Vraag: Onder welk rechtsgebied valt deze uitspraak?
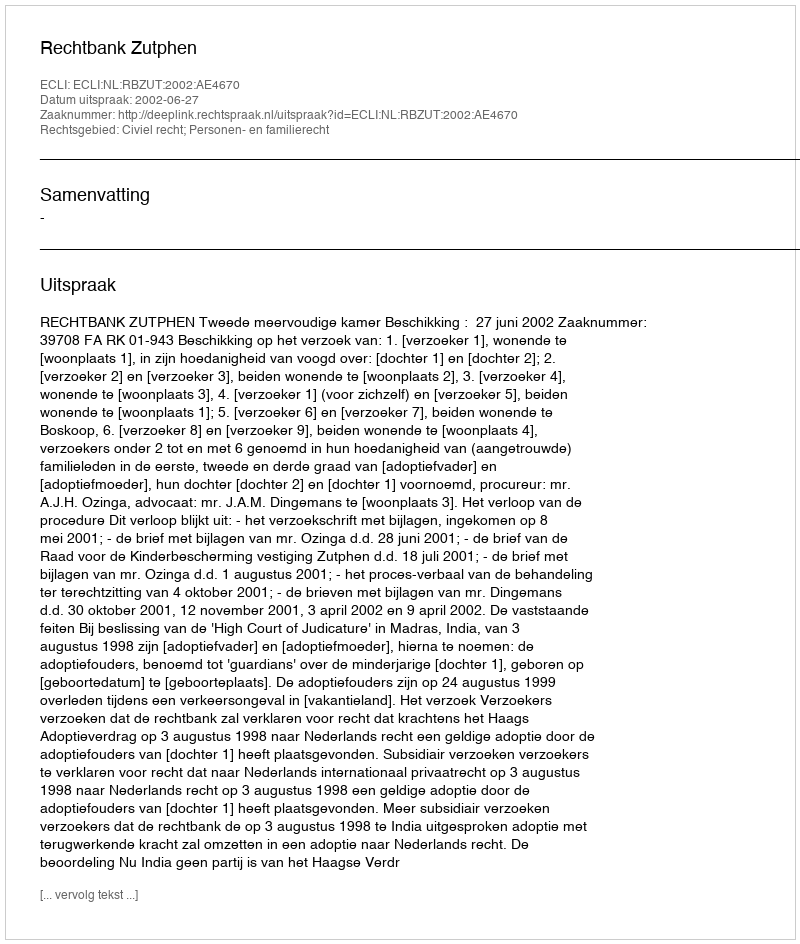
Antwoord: Civiel recht; Personen- en familierecht